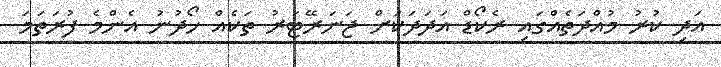
އަދި ކުރު މުއްދަތެއްގައި ރެކޯޑް އަދަދަކަށް ޖަނަރޭޓަރު ތަކެއް ހޯދުނު އެންމެ ފުރަތަމަ